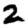
Digit: 2